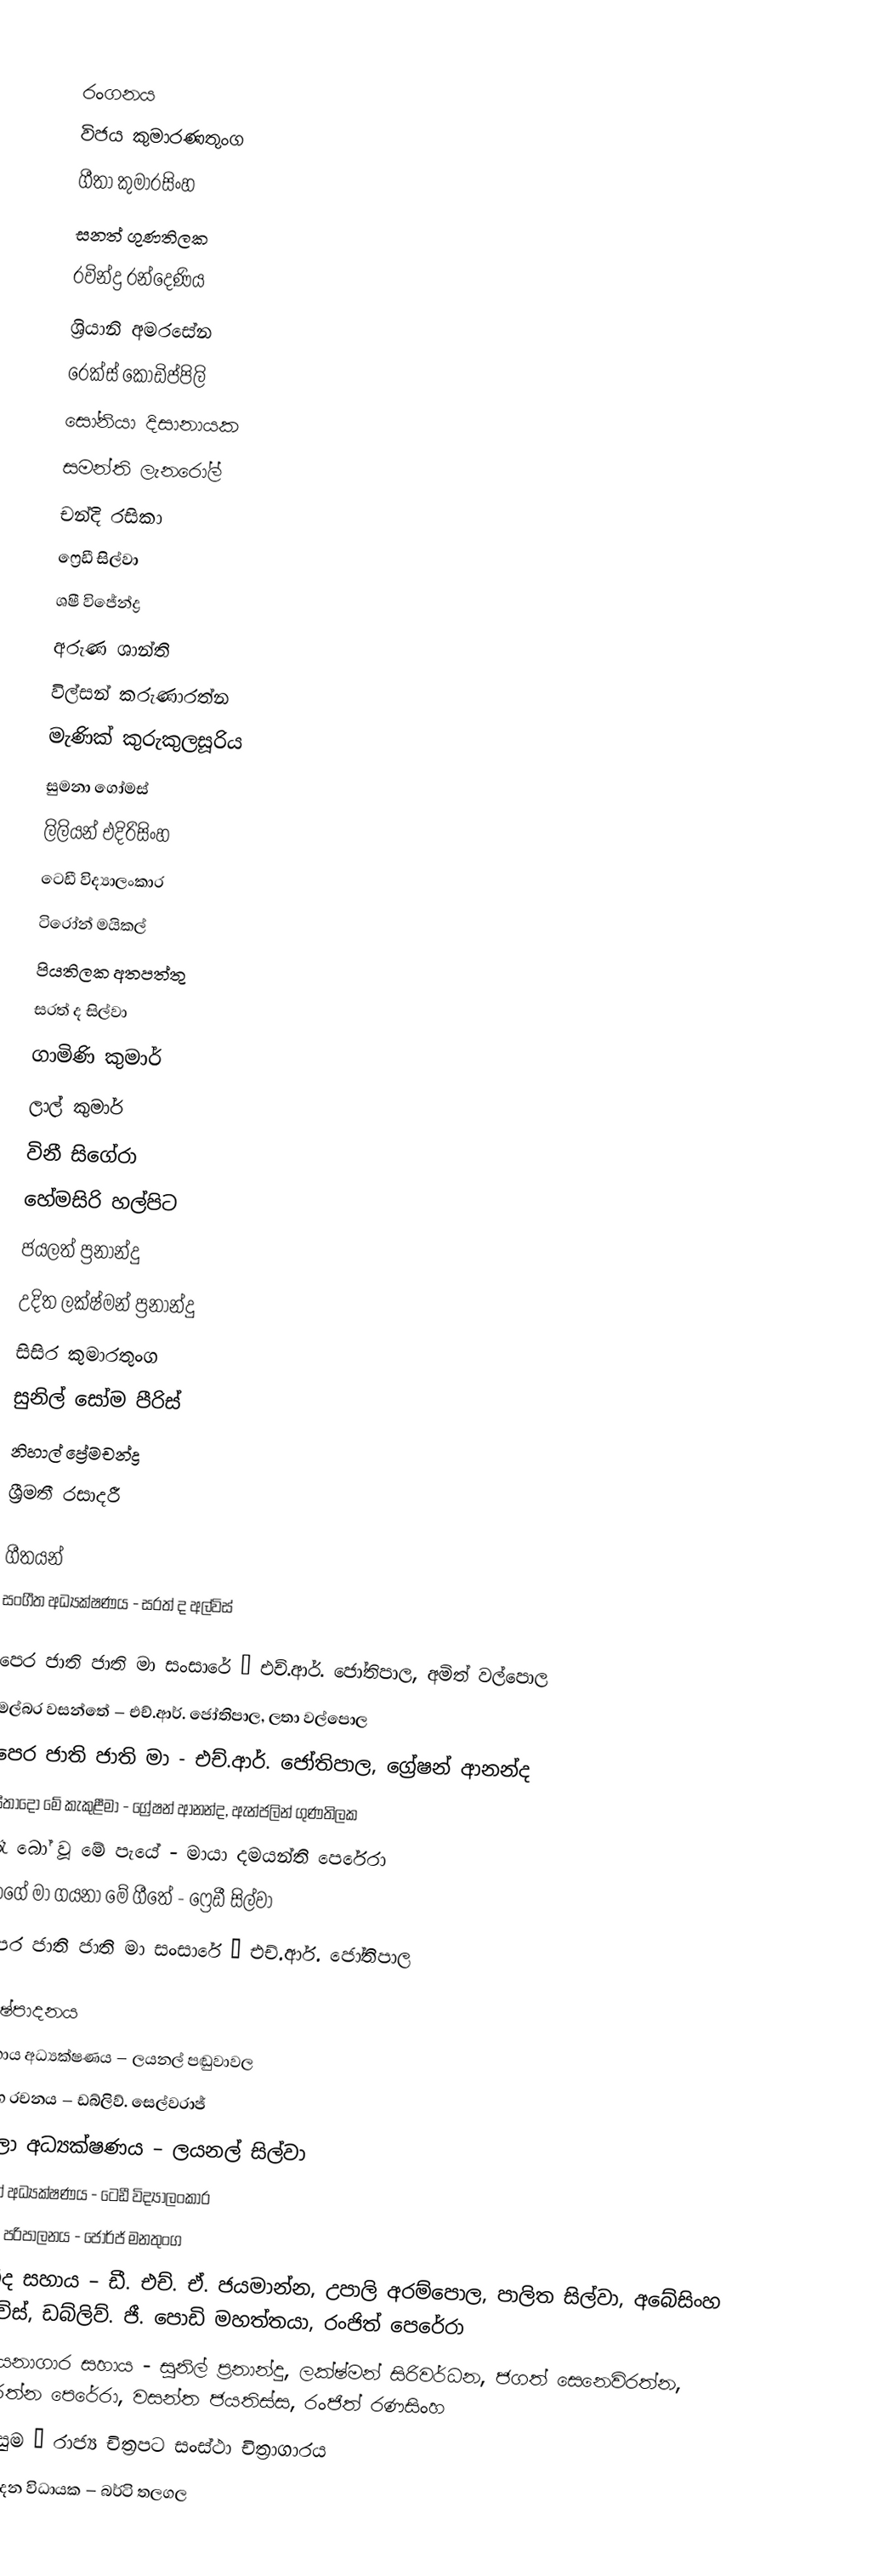

රංගනය
විජය කුමාරණතුංග
ගීතා කුමාරසිංහ
සනත් ගුණතිලක
රවින්ද්‍ර රන්දෙණිය
ශ්‍රියානි අමරසේන
රෙක්ස් කොඩිප්පිලි
සෝනියා දිසානායක
සමන්ති ලැනරෝල්
චන්දි රසිකා
ෆ්‍රෙඩී සිල්වා
ශෂී විජේන්ද්‍ර
අරුණ ශාන්ති
විල්සන් කරුණාරත්න
මැණික් කුරුකුලසූරිය
සුමනා ගෝමස්
ලිලියන් එදිරිසිංහ
ටෙඩී විද්‍යාලංකාර
ටිරෝන් මයිකල්
පියතිලක අතපත්තු
සරත් ද සිල්වා
ගාමිණි කුමාර්
ලාල් කුමාර්
විනී සිගේරා
හේමසිරි හල්පිට
ජයලත් ප්‍රනාන්දු
උදිත ලක්ෂ්මන් ප්‍රනාන්දු
සිසිර කුමාරතුංග
සුනිල් සෝම පීරිස්
නිහාල් ප්‍රේමචන්ද්‍ර
ශ්‍රීමතී රසාදරී

ගීතයන්
සංගීත අධ්‍යක්ෂණය - සරත් ද අල්විස්

පෙර ජාති ජාති මා සංසාරේ – එච්.ආර්. ජෝතිපාල, අමිත් වල්පොල
මල්බර වසන්තේ – එච්.ආර්. ජෝතිපාල, ලතා වල්පොල
පෙර ජාති ජාති මා - එච්.ආර්. ජෝතිපාල, ග්‍රේෂන් ආනන්ද
සීතාදෝ මේ කැකුළීමා - ග්‍රේෂන් ආනන්ද, ඇන්ජලින් ගුණතිලක
රෑ බෝ වූ මේ පැයේ - මායා දමයන්ති පෙරේරා
රාගේ මා ගයනා මේ ගීතේ - ෆ්‍රෙඩී සිල්වා
පෙර ජාති ජාති මා සංසාරේ – එච්.ආර්. ජෝතිපාල

නිෂ්පාදනය
සහාය අධ්‍යක්ෂණය – ලයනල් පඬුවාවල
අංග රචනය – ඩබ්ලිව්. සෙල්වරාජ්
කලා අධ්‍යක්ෂණය – ලයනල් සිල්වා
සටන් අධ්‍යක්ෂණය - ටෙඩී විද්‍යාලංකාර
ශබ්ද පරිපාලනය - ජෝර්ජ් මනතුංග
ශබ්ද සහාය – ඩී. එච්. ඒ. ජයමාන්න, උපාලි අරම්පොල, පාලිත සිල්වා, අබේසිංහ අල්විස්, ඩබ්ලිව්. ජී. පොඩි මහත්තයා, රංජිත් පෙරේරා
රසායනාගාර සහාය - සුනිල් ප්‍රනාන්දු, ලක්ෂ්මන් සිරිවර්ධන, ජගත් සෙනෙවිරත්න, ජයරත්න පෙරේරා, වසන්ත ජයතිස්ස, රංජිත් රණසිංහ
සැකසුම – රාජ්‍ය චිත්‍රපට සංස්ථා චිත්‍රාගාරය
නිෂ්පාදන විධායක – බර්ටි තලගල